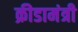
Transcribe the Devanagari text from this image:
क्रीडामंत्री